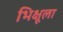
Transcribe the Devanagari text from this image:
भिक्षूला